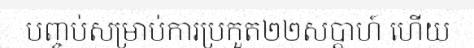
បញ្ចប់សម្រាប់ការប្រកួត២២សប្តាហ៍ ហើយ